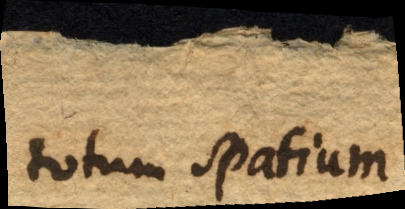
totum spatium